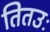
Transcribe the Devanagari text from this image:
तितउः